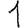
Digit: 1